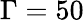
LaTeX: \Gamma=50